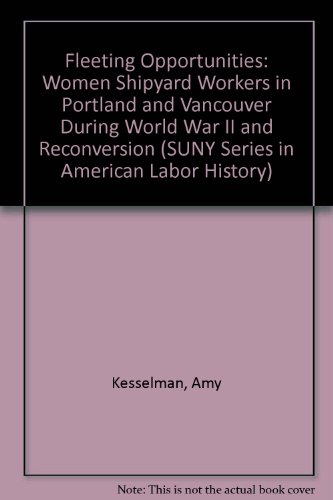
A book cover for Fleeting Opportunities: Women Shipyard Workers in Portland and Vancouver During World War II and Reconversion (S U N Y Series in American Labor History); Amy Vita Kesselman; Business & Money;